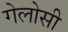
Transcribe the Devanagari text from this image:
गेलोसी